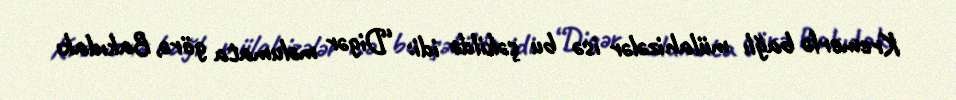
Kremerlə bağlı mülahizələr isə bu şəkildə idi: “Digər məlumata görə, Bakıdakı